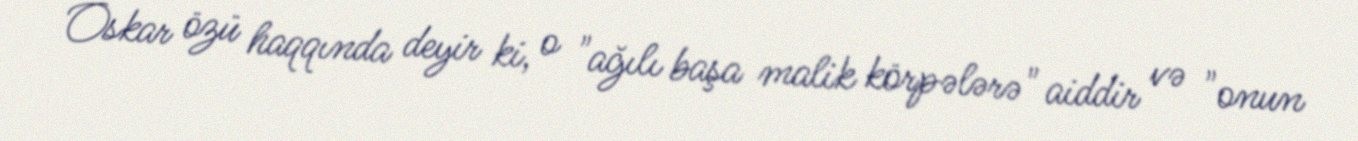
Oskar özü haqqında deyir ki, o "ağılı başa malik körpələrə" aiddir və "onun